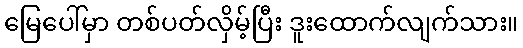
မြေပေါ်မှာ တစ်ပတ်လှိမ့်ပြီး ဒူးထောက်လျက်သား။